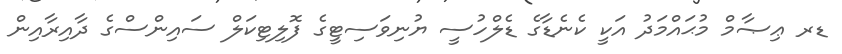
ޑރ ޢިޞާމް މުޙައްމަދު އަކީ ކެނެޑާގެ ޑެލްހުސީ ޔުނިވަސިޓީގެ ފޮލިޓިކަލް ސައިންސްގެ ދާއިރާއިން